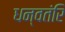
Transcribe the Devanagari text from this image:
धन्वतंरि